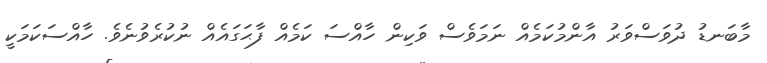
މާބަނޑު ދުވަސްވަރު އާންމުކަމެއް ނަމަވެސް ވަކިން ހާއްސަ ކަމެއް ފާޙަގައެއް ނުކުރެވުނެވެ. ހާއްސަކަމަކީ